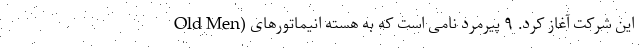
Old Men) این شرکت آغاز کرد. ۹ پیرمرد نامی است که به هسته انیماتورهای